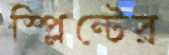
স্প্লিন্টের